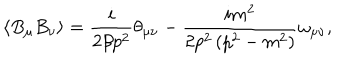
LaTeX: \left\langle B _ { \mu } B _ { \nu } \right\rangle = \frac i { 2 \beta p ^ { 2 } } \theta _ { \mu \nu } - \frac { i m ^ { 2 } } { 2 p ^ { 2 } \left( p ^ { 2 } - m ^ { 2 } \right) } \omega _ { \mu \nu } ,